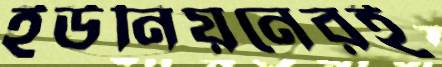
ইউনিয়নেরই